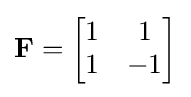
\mathbf {F} ={\begin{bmatrix}1&1\\1&-1\\\end{bmatrix}}